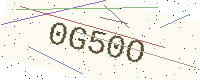
Text: 0G50O